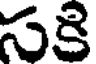
సకి